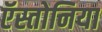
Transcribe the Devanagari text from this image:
ऍस्तोनिया